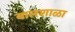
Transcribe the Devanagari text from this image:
बालशाळा